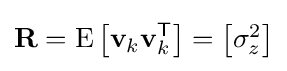
\mathbf {R} =\mathrm {E} \left[\mathbf {v} _{k}\mathbf {v} _{k}^{\textsf {T}}\right]={\begin{bmatrix}\sigma _{z}^{2}\end{bmatrix}}